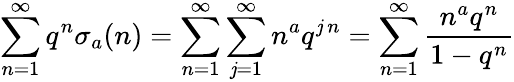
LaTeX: \sum_{n=1}^{\infty}q^{n}\sigma_{a}(n)=\sum_{n=1}^{\infty}\sum_{\mathit{j}=1}^{\infty}n^{a}q^{\mathit{j}\, n}=\sum_{n=1}^{\infty}{\frac{{n^{a}q^{n}}}{{1-q^{n}}}}